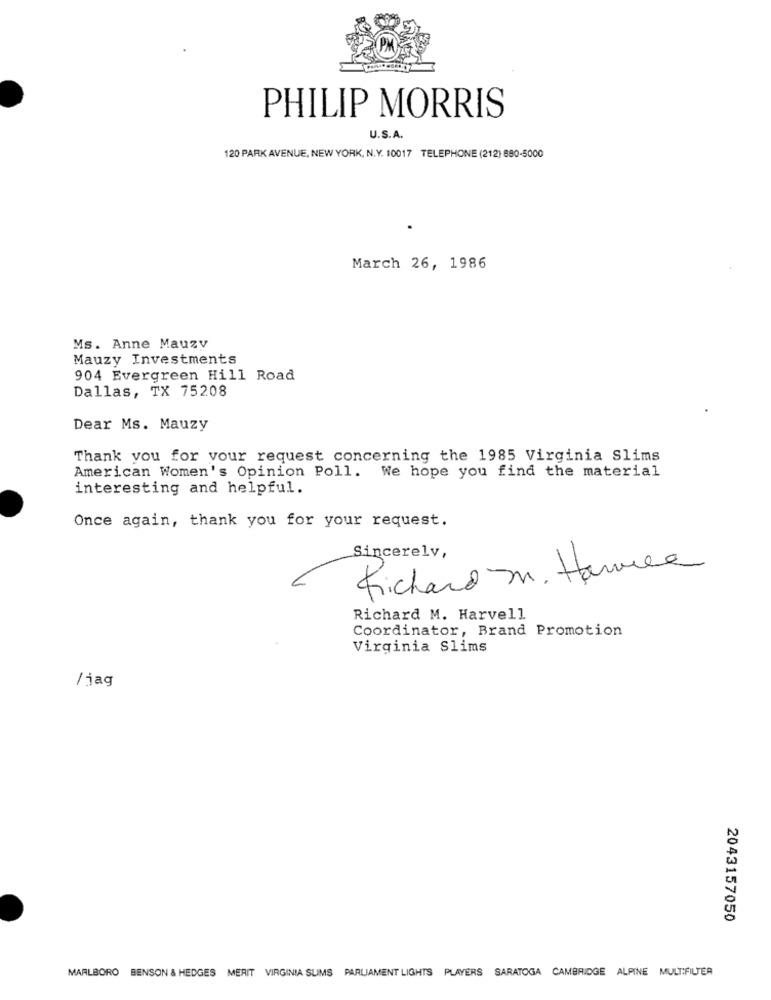
PHILIP MORRIS
U.S.A.
120 PARK AVENUE, NEW YORK, N.Y. 10017 TELEPHONE (212) 690-5000
March 26, 1986
Ms. Anne Mauzy
Mauzy Investments
904 Evergreen Hill Road
Dallas, TX 75208
Dear Ms. Mauzy
Thank you for your request concerning the 1985 Virginia Slims
American Women's Opinion Poll. We hope you find the material
interesting and helpful.
Once again, thank you for your request.
Sincerely,
Richard M. Hamile
Richard M. Harvell
Coordinator, Brand Promotion
Virginia Slims
/jag
2043157050
MARLBORO BENSON & HEDGES MERIT VIRGINIA SLIMS PARLIAMENT LIGHTS PLAYERS SARATOGA CAMBRIDGE ALPINE MULTIFILTER